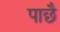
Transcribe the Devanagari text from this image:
पाछै